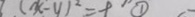
( x - y ) ^ { 2 } = \varphi \textcircled { 1 }